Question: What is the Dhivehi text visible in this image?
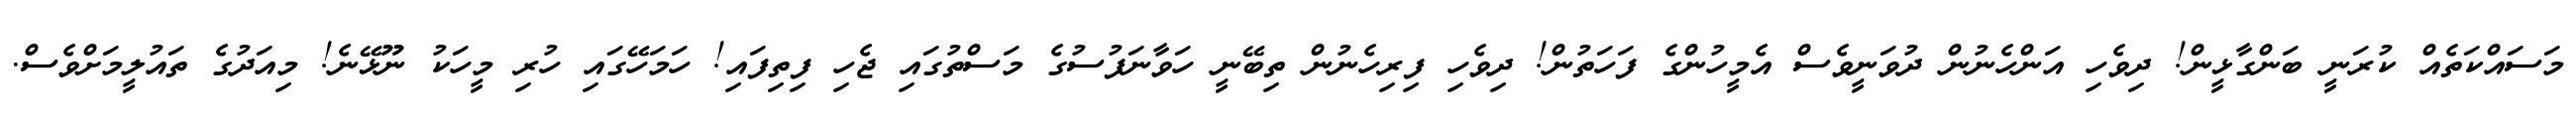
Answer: މަސައްކަތެއް ކުރަނީ ބަންގާޅީން! ދިވެހި އަންހެނުން ދުވަނީވެސް އެމީހުންގެ ފަހަތުން! ދިވެހި ފިރިހެނުން ތިބޭނީ ހަވާނަފުސުގެ މަސްތުގައި ޖެހި ފިތިފައި! ހަމަހޭގައި ހުރި މީހަކު ނޫޅޭނެ! މިއަދުގެ ތައުލީމަށްވެސް.